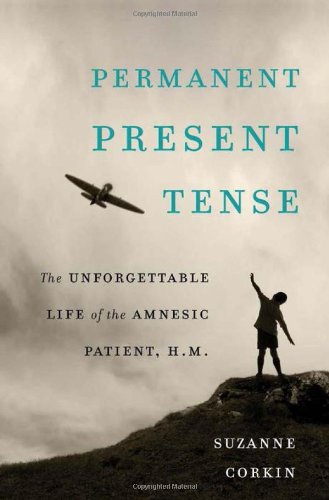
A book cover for Permanent Present Tense: The Unforgettable Life of the Amnesic Patient, H. M.; Suzanne Corkin; Health, Fitness & Dieting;